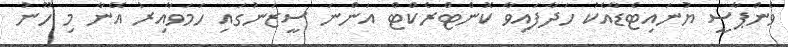
ވެންޕާސީ ޔުނައިޓެޑާއެކު ހަދާފައިވާ ކޮންޓްރެކްޓް އަންނަ ސީޒަނުގައި ހަމަވާއިރު އޭނާ މި ހޫނު